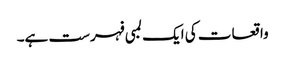
واقعات کی ایک لمبی فہرست ہے۔